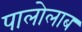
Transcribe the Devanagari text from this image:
पालोलाब